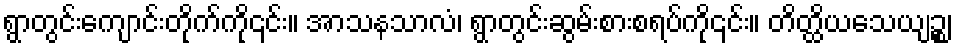
ရွာတွင်းကျောင်းတိုက်ကို၎င်း။ အာသနသာလံ၊ ရွာတွင်းဆွမ်းစားစရပ်ကို၎င်း။ တိတ္ထိယသေယျဉ္စ၊